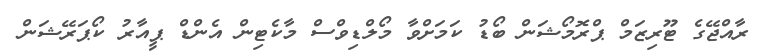
ރާއްޖޭގެ ޓޫރިޒަމް ޕްރޮމޯޝަން ބޯޑު ކަމަށްވާ މޯލްޑިވްސް މާކެޓިން އެންޑް ޕީއާރު ކޯޕަރޭޝަން